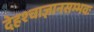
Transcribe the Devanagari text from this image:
देहश्चाज्ञानसम्भवः